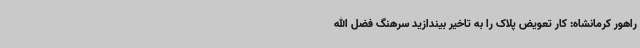
راهور کرمانشاه: کار تعویض پلاک را به تاخیر بیندازید سرهنگ فضل الله